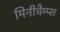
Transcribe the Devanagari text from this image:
मिनीचैम्प्स